Vaccination returns of the Province of Eastern Bengal and Assam - 1905-1912
Year: 1905
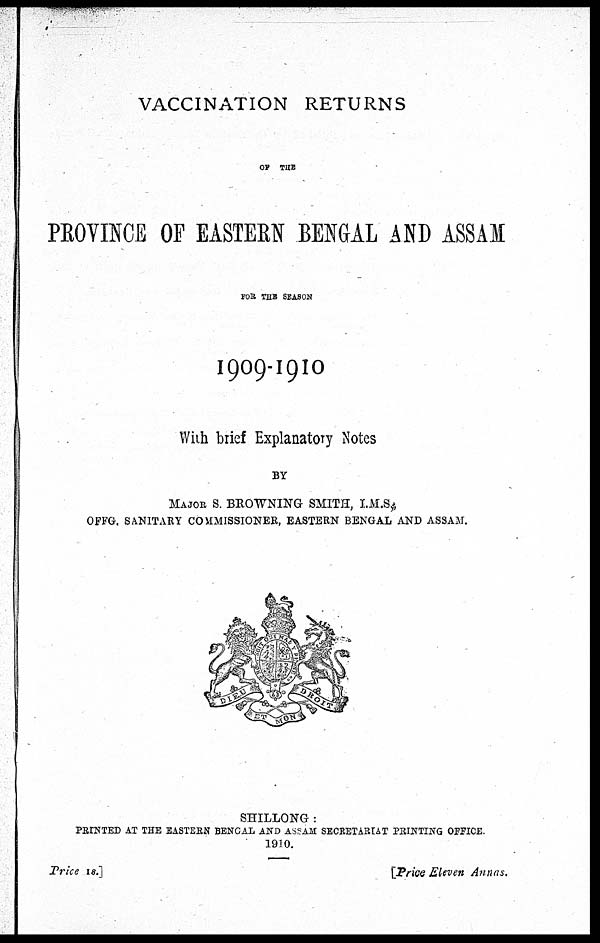
VACCINATION RETURNS
OF THE
PROVINCE OF EASTERN BENGAL AND ASSAM
FOR THE SEASON
1909-1910
With brief Explanatory Notes
BY
MAJOR S. BROWNING SMITH, I.M.S.,
OFFG. SANITARY COMMISSIONER, EASTERN BENGAL AND ASSAM.
SHILLONG :
PRINTED AT THE EASTERN BENGAL AND ASSAM SECRETARIAT PRINTING OFFICE.
1910.
Price 1s.]
[Price Eleven Annas.